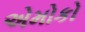
એમોકો